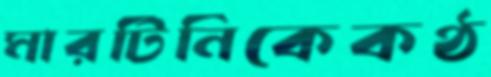
মারটিনিকেকণ্ঠ